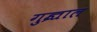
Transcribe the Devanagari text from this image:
गुज्राल